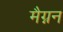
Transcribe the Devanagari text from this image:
मैग्नन